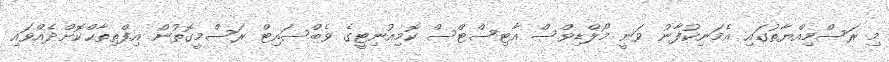
މި ރަސްމިއްޔާތުގައި އެމަނިކުފާނު ވަނީ މޯލްޑިވްސް އާޓިސްޓްސް ކޮމިއުނިޓީގެ ވެބްސައިޓް ރަސްމީގޮތުން އިފްތިތާޙްކޮށްދެއްވައި